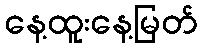
နေ့ထူးနေ့မြတ်